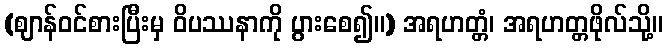
(ဈာန်ဝင်စားပြီးမှ ဝိပဿနာကို ပွားစေ၍။) အရဟတ္တံ၊ အရဟတ္တဖိုလ်သို့။